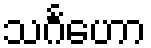
သင်္ဂဟော